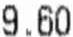
9.60